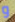
و